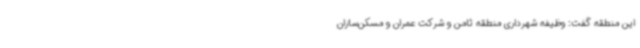
این منطقه گفت: وظیفه شهرداری منطقه ثامن و شرکت عمران و مسکن‌سازان